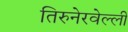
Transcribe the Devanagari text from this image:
तिरुनेरवेल्ली